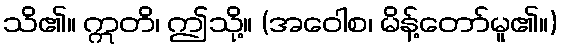
သိ၏။ ဣတိ၊ ဤသို့။ (အဝေါစ၊ မိန့်တော်မူ၏။)